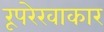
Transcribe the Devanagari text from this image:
रूपरेखाकार